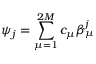
\psi _ { j } = \sum _ { \mu = 1 } ^ { 2 M } c _ { \mu } \beta _ { \mu } ^ { j }